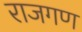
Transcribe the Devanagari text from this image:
राजगण